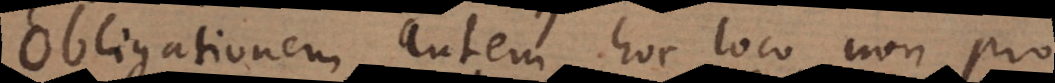
Obligationem autem hoc loco non pro